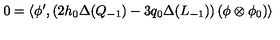
0 = \left\langle \phi ^ { \prime } , \left( 2 h _ { 0 } \Delta ( Q _ { - 1 } ) - 3 q _ { 0 } \Delta ( L _ { - 1 } ) \right) \left( \phi \otimes \phi _ { 0 } \right) \right\rangle